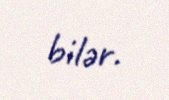
bilər.